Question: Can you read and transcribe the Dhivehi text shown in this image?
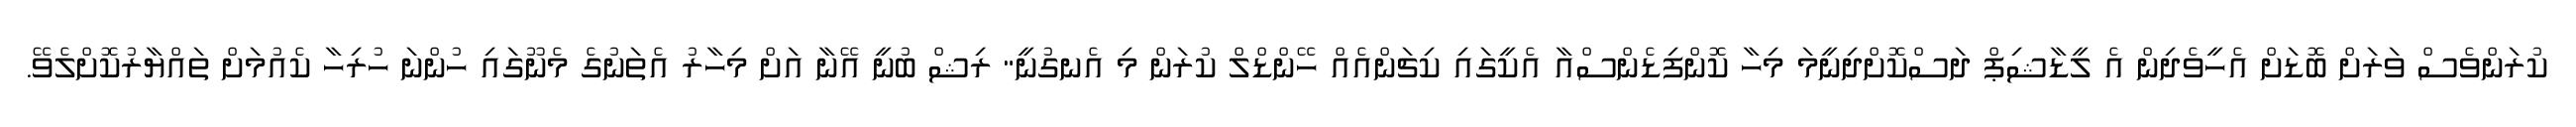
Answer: ކުރަންވެސް ވަރަށް ބޮޑަށް އެހީވެދިން އެ ލީޑާޝިޕް ދަސްކޮށްދިނީމަ މިހާ ކޮންފިޑެންސްއާ އެކީގައި ކިޗަންއެއް ހޭންޑްލް ކުރަން މި އެނގުނީ" ރިޝް ބުނީ އޭނާ އަށް މިހާރު އެތަނުގެ މެނޫގައި ހުންނަ ހުރިހާ ކެއުމަށް ތައްޔާރުކޮށްލެވޭ.